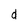
Character: d